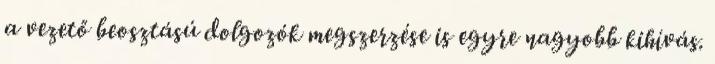
a vezető beosztású dolgozók megszerzése is egyre nagyobb kihívás.